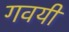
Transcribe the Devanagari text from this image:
गवयी